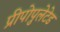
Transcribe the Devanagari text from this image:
प्रीपोपुलेटेड